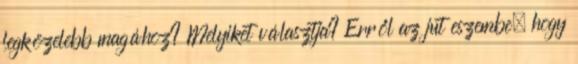
legközelebb magához? Melyiket választja? Erről az jut eszembe, hogy